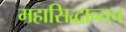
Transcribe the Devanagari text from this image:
महासिद्धान्तच